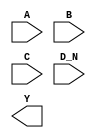
/**
 * Copyright 2020 The SkyWater PDK Authors
 *
 * Licensed under the Apache License, Version 2.0 (the "License");
 * you may not use this file except in compliance with the License.
 * You may obtain a copy of the License at
 *
 *     https://www.apache.org/licenses/LICENSE-2.0
 *
 * Unless required by applicable law or agreed to in writing, software
 * distributed under the License is distributed on an "AS IS" BASIS,
 * WITHOUT WARRANTIES OR CONDITIONS OF ANY KIND, either express or implied.
 * See the License for the specific language governing permissions and
 * limitations under the License.
 *
 * SPDX-License-Identifier: Apache-2.0
 */

`ifndef SKY130_FD_SC_HS__NOR4B_SYMBOL_V
`define SKY130_FD_SC_HS__NOR4B_SYMBOL_V

/**
 * nor4b: 4-input NOR, first input inverted.
 *
 * Verilog stub (without power pins) for graphical symbol definition
 * generation.
 *
 * WARNING: This file is autogenerated, do not modify directly!
 */

`timescale 1ns / 1ps
`default_nettype none

(* blackbox *)
module sky130_fd_sc_hs__nor4b (
    //# {{data|Data Signals}}
    input  A  ,
    input  B  ,
    input  C  ,
    input  D_N,
    output Y
);

    // Voltage supply signals
    supply1 VPWR;
    supply0 VGND;

endmodule

`default_nettype wire
`endif  // SKY130_FD_SC_HS__NOR4B_SYMBOL_V